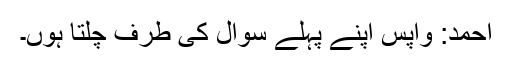
احمد: واپس اپنے پہلے سوال کی طرف چلتا ہوں۔